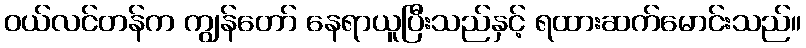
ဝယ်လင်တန်က ကျွန်တော် နေရာယူပြီးသည်နှင့် ရထားဆက်မောင်းသည်။